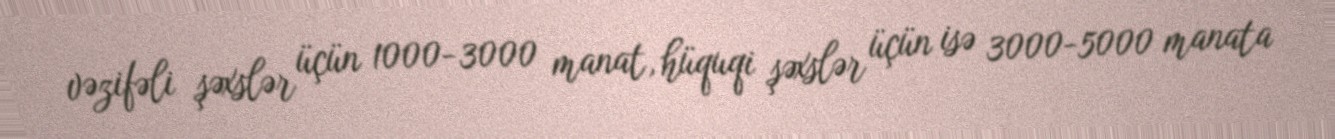
vəzifəli şəxslər üçün 1000-3000 manat, hüquqi şəxslər üçün isə 3000-5000 manata